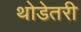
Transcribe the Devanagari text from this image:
थोडेतरी